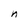
Character: n